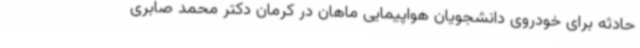
حادثه برای خودروی دانشجویان هواپیمایی ماهان در کرمان دکتر محمد صابری